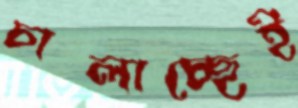
চালাচ্ছেই